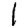
Digit: 1